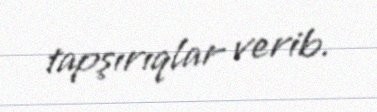
tapşırıqlar verib.